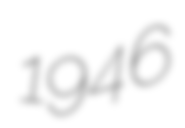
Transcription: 1946